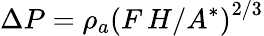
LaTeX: \Delta P=\rho_{a}\left(F\, H/A^{*}\right)^{2/3}